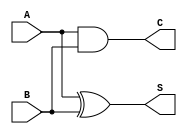
// ======================================================================
// Copyright (c) 2023-2023 All rights reserved
// ======================================================================
// Affiliation  : Tsinghua Univ & NeuraMatrix
// Revise Date  : 2023-06-09 15:08:51
// Description  : VL72 on nowcoder
// ======================================================================

module add_half (
  input  wire A,
  input  wire B,
  output wire S,
  output wire C
);

  assign S = A ^ B;
  assign C = A & B;

endmodule


module add_full (
  input  wire  A,
  input  wire  B,
  input  wire  Ci,
  output wire  S,
  output wire  Co
);

  wire Sum_AB;
  wire C_AB;
  wire C1;

  add_half u1_add_half (.A(A), .B(B), .S(Sum_AB), .C(C_AB));
  add_half u2_add_half (.A(Sum_AB), .B(Ci), .S(S), .C(C1));

  assign Co = C_AB | C1;

endmodule